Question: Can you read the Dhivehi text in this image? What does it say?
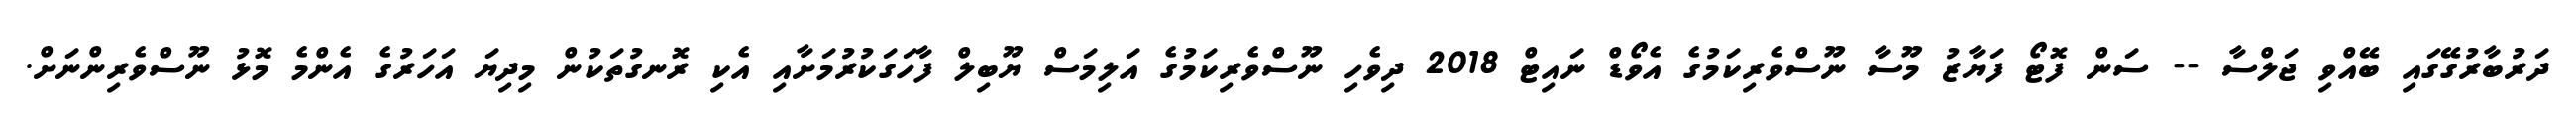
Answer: ދަރުބާރުގޭގައި ބޭއްވި ޖަލްސާ -- ސަން ފޮޓޯ ފަޔާޒު މޫސާ ނޫސްވެރިކަމުގެ އެވޯޑް ނައިޓް 2018 ދިވެހި ނޫސްވެރިކަމުގެ އަލިމަސް ޔޫބިލް ފާހަގަކުރުމަށާއި އެކި ރޮނގުތަކުން މިދިޔަ އަހަރުގެ އެންމެ މޮޅު ނޫސްވެރިންނަށް.